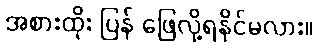
အစားထိုး ပြန် ဖြေလို့ရနိုင်မလား။